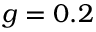
g = 0 . 2